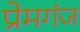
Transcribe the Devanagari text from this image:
प्रेमगंज